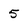
Character: 5